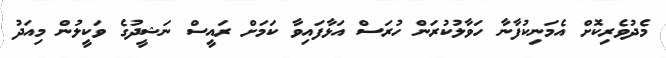
މެދުވެރިކޮށް އެމަނިކުފާނާ ހަވާލުކުރަން ހުރަސް އަޅާފައިވާ ކަމަށް ރައީސް ނަޝީދުގެ ވަކީލުން މިއަދު